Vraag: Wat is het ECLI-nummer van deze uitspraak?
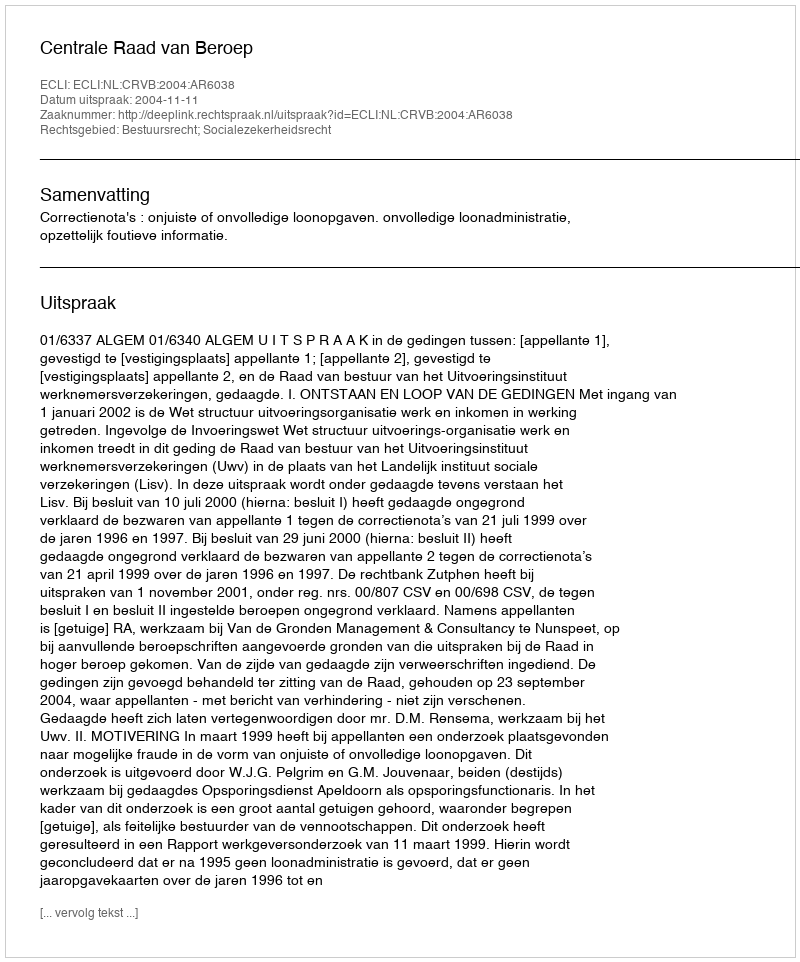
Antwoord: ECLI:NL:CRVB:2004:AR6038